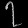
Digit: ၇